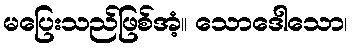
မပြေးသည်ဖြစ်အံ့။ သောဒေါသော၊